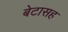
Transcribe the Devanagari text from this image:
बेटासह